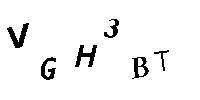
VGH3BT